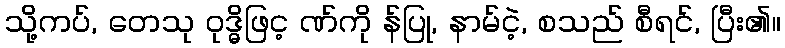
သို့ကပ်, တေသု ဝုဒ္ဓိဖြင့ ဏ်ကို န်ပြု, နာမ်ငဲ့, စသည် စီရင်, ပြီး၏။